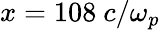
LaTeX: x=108~c/\omega_{p}